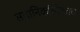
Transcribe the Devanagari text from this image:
स्थानिकांसोबतच